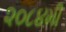
૨૦૮૪મી